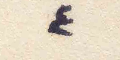
٤